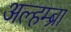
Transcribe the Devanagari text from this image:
अल्हम्ब्रा